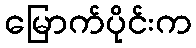
မြောက်ပိုင်းက